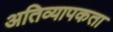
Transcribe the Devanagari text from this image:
अतिव्यापकता